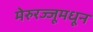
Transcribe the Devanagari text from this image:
मेरुरज्जूमधून